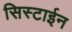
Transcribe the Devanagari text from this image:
सिस्टाईन